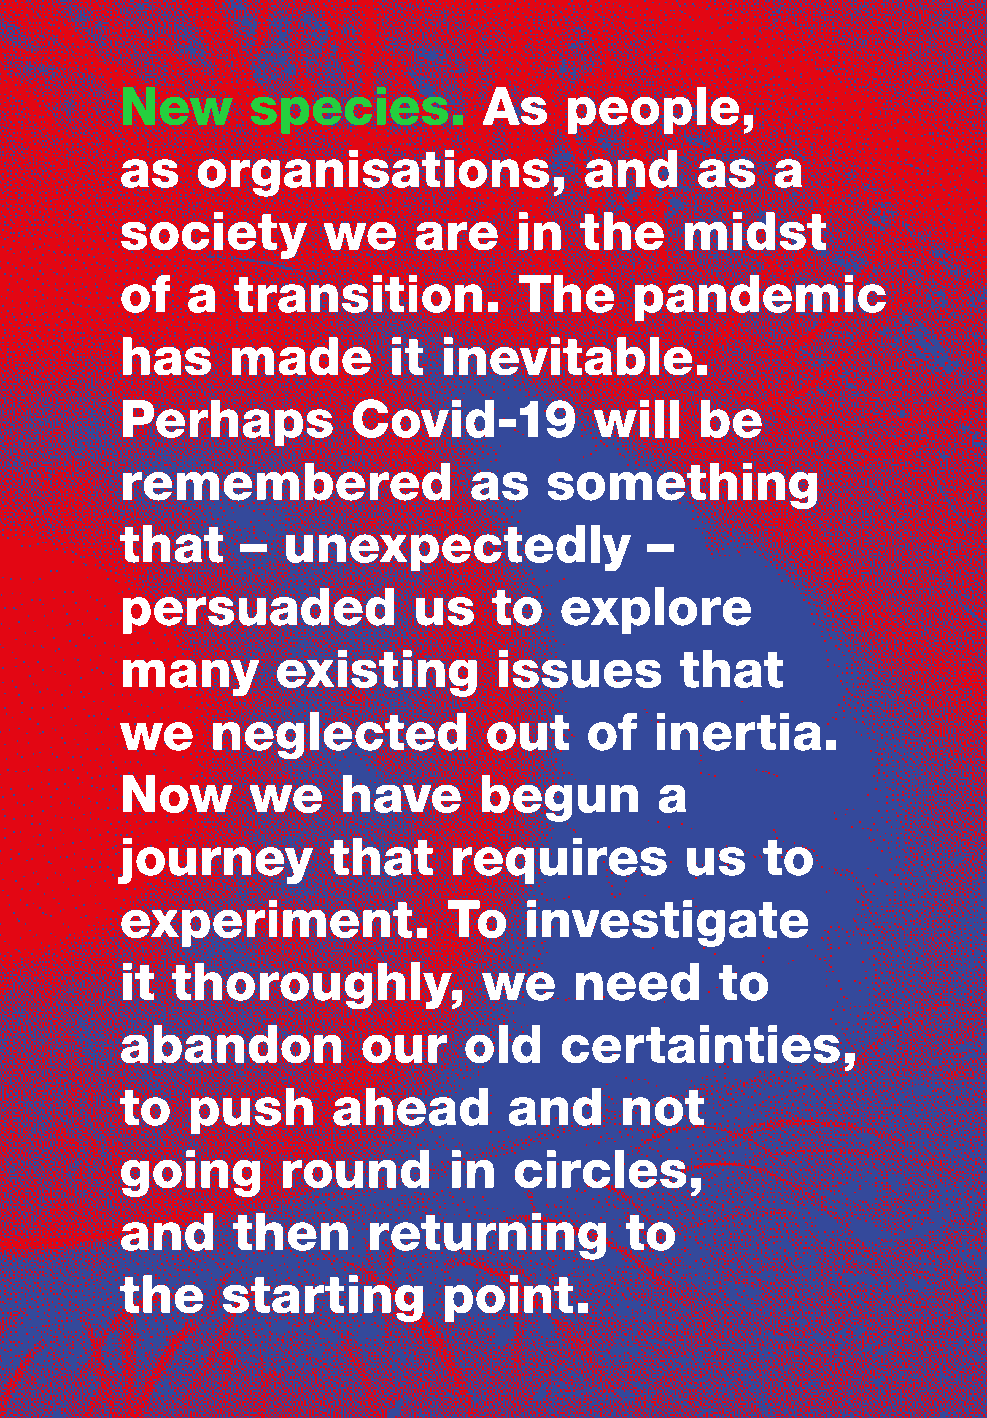
New     species.        As   people,
 as   organisations,            and    as   a
 society      we    are    in  the    midst
 of  a  transition.        The     pandemic
 has    made       it inevitable.
 Perhaps        Covid-19        will   be
 remembered             as   something
 that    –  unexpectedly            –
 persuaded          us    to  explore
 many      existing       issues      that
 we    neglected         out    of  inertia.
 Now     we    have      begun      a
 journey       that    requires       us   to
 experiment.           To   investigate
 it thoroughly,          we    need      to
 abandon         our    old   certainties,
 to  push      ahead       and    not
 going     round       in  circles,
 and    then     returning        to
 the    starting      point.